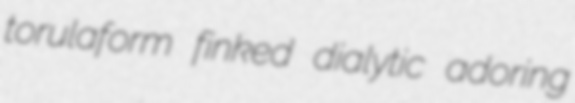
torulaform finked dialytic adoring